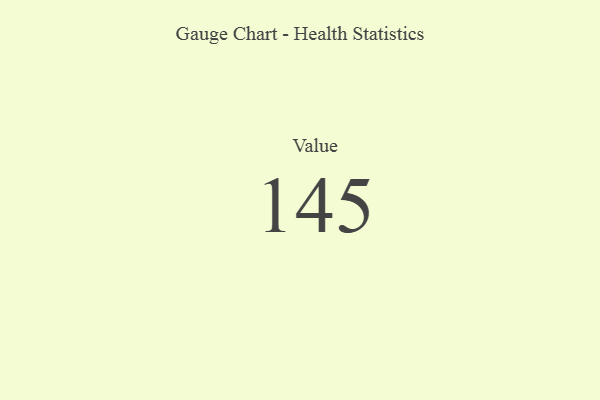
{"axis": {"x": "Metric", "y": "Value"}, "legend": [""], "data": [{"x": "Value", "y": 145, "type": ""}]}